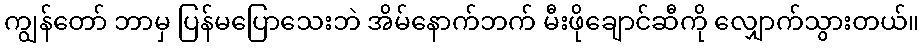
ကျွန်တော် ဘာမှ ပြန်မပြောသေးဘဲ အိမ်နောက်ဘက် မီးဖိုချောင်ဆီကို လျှောက်သွားတယ်။